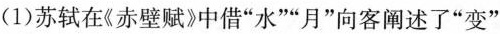
(1)苏轼在《赤壁赋》中借“水”“月”向客阐述了“变”